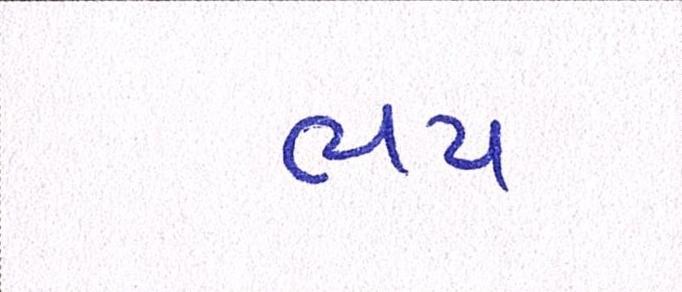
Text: ભય